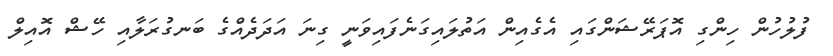
ފުލުހުން ހިންގި އޮޕަރޭޝަންގައި އެގެއިން އަތުލައިގަނެފައިވަނީ ގިނަ އަދަދެއްގެ ބަނގުރަލާއި ހޭޝް އޮއިލް